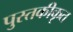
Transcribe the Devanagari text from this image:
पुस्तकीकृत